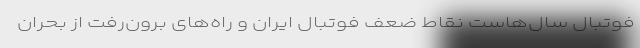
فوتبال سال‌هاست نقاط ضعف فوتبال ایران و راه‌های برون‌رفت از بحران